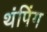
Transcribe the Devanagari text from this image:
थंपिंग